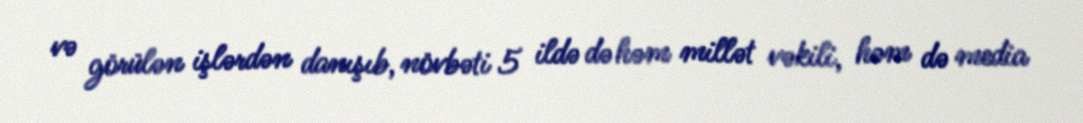
və görülən işlərdən danışıb, növbəti 5 ildə də həm millət vəkili, həm də media